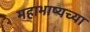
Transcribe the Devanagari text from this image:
महाभाष्यच्या